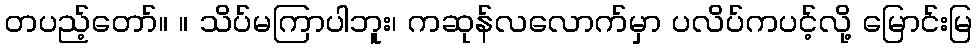
တပည့်တော်။ ။ သိပ်မကြာပါဘူး၊ ကဆုန်လလောက်မှာ ပလိပ်ကပင့်လို့ မြောင်းမြ